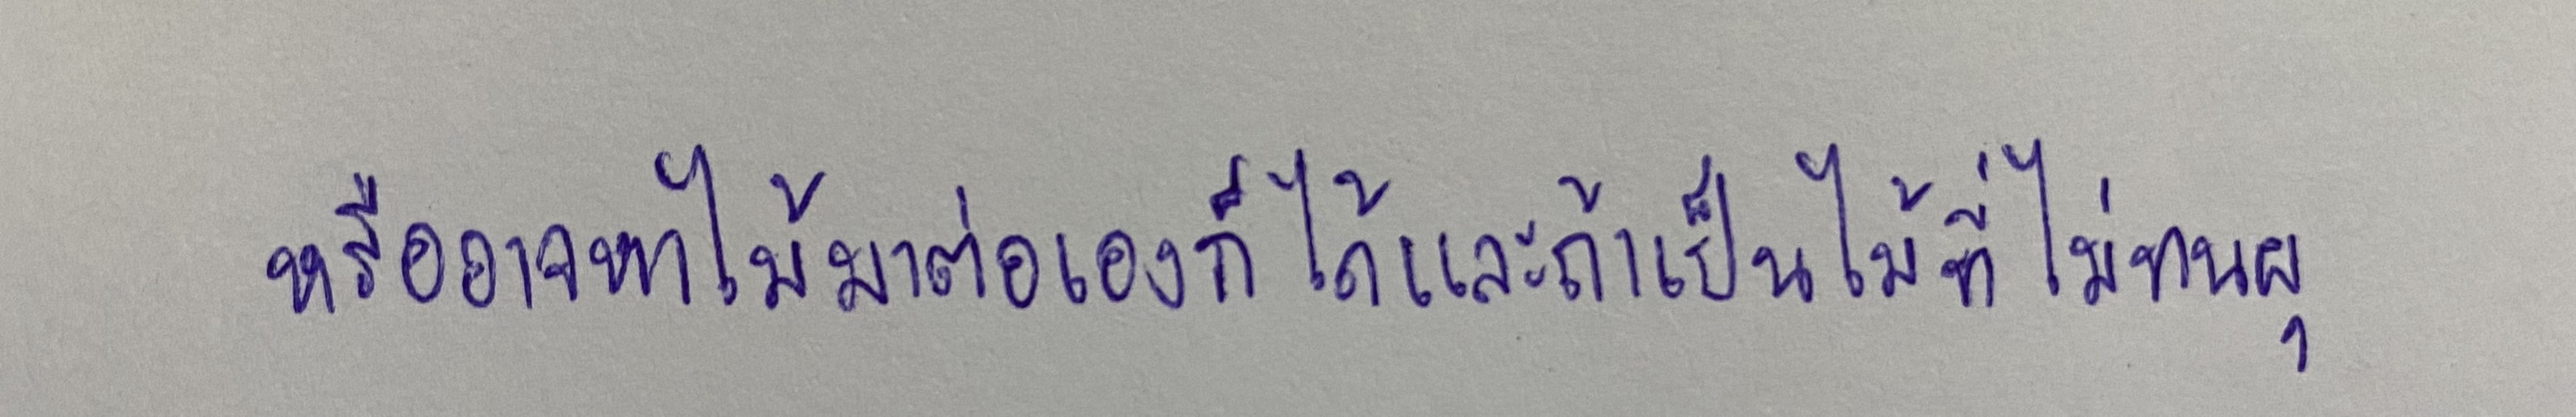
หรืออาจหาไม้มาต่อเองก็ได้และถ้าเป็นไม้ที่ไม่ทนผุ